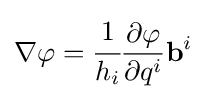
\nabla \varphi ={\cfrac {1}{h_{i}}}{\partial \varphi  \over \partial q^{i}}\mathbf {b} ^{i}